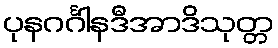
ပုနဂင်္ဂါနဒီအာဒိသုတ္တ